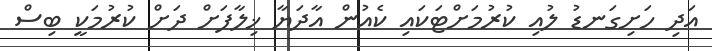
އަދި ހަށިގަނޑު ލުއި ކުރުމަށްޓަކައި ކެއުން އާދަޔާ ޚިލާފަށް ދަށް ކުރުމަކީ ބިސް